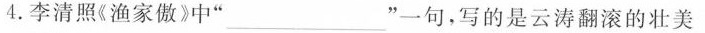
4.李清照《渔家傲》中”\underline”一句，写的是云涛翻滚的壮美